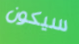
سيكون